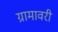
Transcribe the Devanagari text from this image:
ग्रामावरी